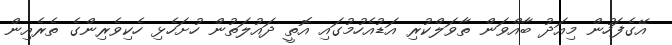
އޭގެފަހުން މިއަދު ބާއްވަން ތާވަލްކުރި އަޑުއެހުމުގައި އޮތީ ދައުލަތުން ހުށަހެޅި ހެކިވެރިންގެ ތެރެއިން